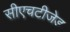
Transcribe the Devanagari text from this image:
सीएचटीजेड